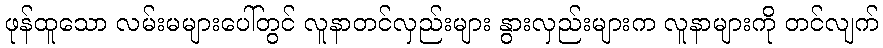
ဖုန်ထူသော လမ်းမများပေါ်တွင် လူနာတင်လှည်းများ နွားလှည်းများက လူနာများကို တင်လျက်